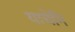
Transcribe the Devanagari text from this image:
याचेनि